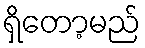
ရှိတော့မည်